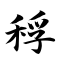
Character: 稃